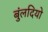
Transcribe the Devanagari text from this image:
बुंलदियो